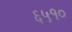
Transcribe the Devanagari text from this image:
६५१०